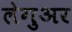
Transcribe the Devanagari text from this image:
लेगुअर